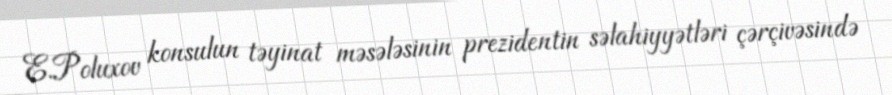
E.Poluxov konsulun təyinat məsələsinin prezidentin səlahiyyətləri çərçivəsində